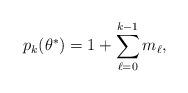
LaTeX: \begin{align*} p_k(\theta^*)=1+\sum_{\ell=0}^{k-1} m_{\ell}, \end{align*}